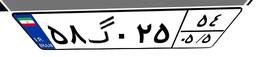
۵۸گ۰۲۵۵۴